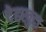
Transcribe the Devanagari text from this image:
देहखुदा